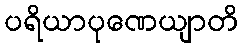
ပရိယာပုဏေယျာတိ